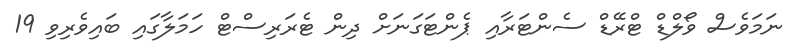
ނަމަވެސް ވޯލްޑް ޓްރޭޑް ސެންޓަރާއި ޕެންޓަގަނަށް ދިން ޓެރަރިސްޓް ހަމަލާގައި ބައިވެރިވި 19